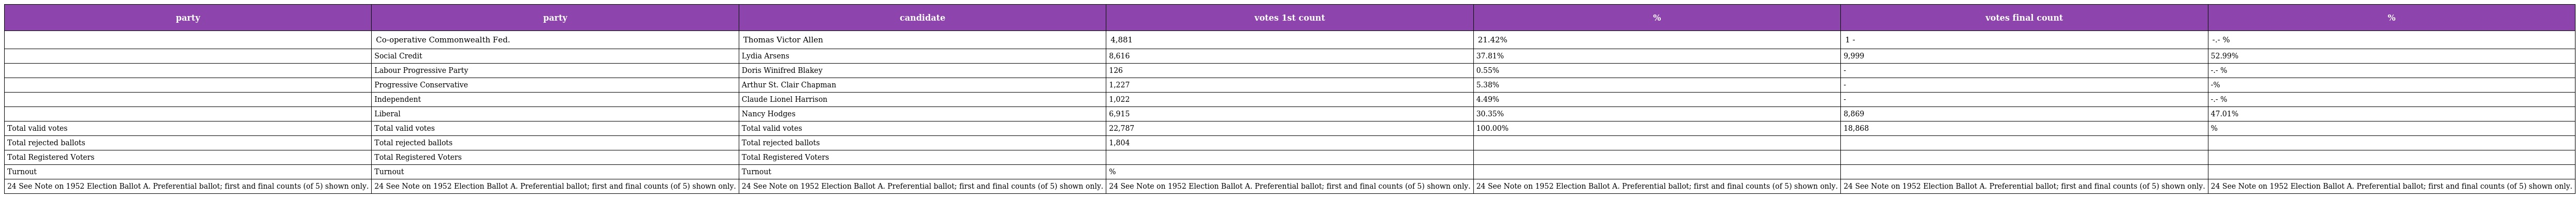
| party | party | candidate | votes 1st count | % | votes final count | % |
 | --- | --- | --- | --- | --- | --- | --- |
 |  | Co-operative Commonwealth Fed. | Thomas Victor Allen | 4,881 | 21.42% | 1 - | -.- % |
 |  | Social Credit | Lydia Arsens | 8,616 | 37.81% | 9,999 | 52.99% |
 |  | Labour Progressive Party | Doris Winifred Blakey | 126 | 0.55% | - | -.- % |
 |  | Progressive Conservative | Arthur St. Clair Chapman | 1,227 | 5.38% | - | -% |
 |  | Independent | Claude Lionel Harrison | 1,022 | 4.49% | - | -.- % |
 |  | Liberal | Nancy Hodges | 6,915 | 30.35% | 8,869 | 47.01% |
 | Total valid votes | Total valid votes | Total valid votes | 22,787 | 100.00% | 18,868 | % |
 | Total rejected ballots | Total rejected ballots | Total rejected ballots | 1,804 |  |  |  |
 | Total Registered Voters | Total Registered Voters | Total Registered Voters |  |  |  |  |
 | Turnout | Turnout | Turnout | % |  |  |  |
 | 24 See Note on 1952 Election Ballot A. Preferential ballot; first and final counts (of 5) shown only. | 24 See Note on 1952 Election Ballot A. Preferential ballot; first and final counts (of 5) shown only. | 24 See Note on 1952 Election Ballot A. Preferential ballot; first and final counts (of 5) shown only. | 24 See Note on 1952 Election Ballot A. Preferential ballot; first and final counts (of 5) shown only. | 24 See Note on 1952 Election Ballot A. Preferential ballot; first and final counts (of 5) shown only. | 24 See Note on 1952 Election Ballot A. Preferential ballot; first and final counts (of 5) shown only. | 24 See Note on 1952 Election Ballot A. Preferential ballot; first and final counts (of 5) shown only. |